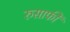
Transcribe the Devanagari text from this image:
रुसाफी